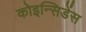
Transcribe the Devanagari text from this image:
कोइन्सिडेंस